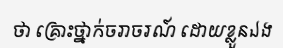
ថា គ្រោះថ្នាក់ចរាចរណ៍ ដោយខ្លួនឯង